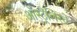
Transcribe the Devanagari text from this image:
ऑस्ट्रैलिस्चे